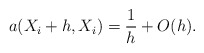
\begin{align*}a(X\sb i +h,X\sb i) = {1\over h} +O(h).\end{align*}